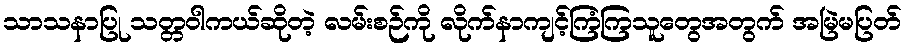
သာသနာပြု သတ္တဝါကယ်ဆိုတဲ့ လမ်းစဉ်ကို လိုက်နာကျင့်ကြံကြသူတွေအတွက် အမြဲမပြတ်